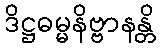
ဒိဋ္ဌဓမ္မနိဗ္ဗာနန္တိ